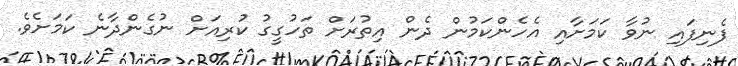
ފެނިފައި ނުވާ ކަމަށާއި އެހެންކަމުން ދެން އިތުރަށް ތަހުގީގު ކުރިއަށް ނުގެންދާނެ ކަމަށެވެ.